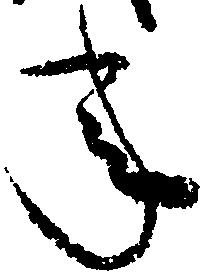
年